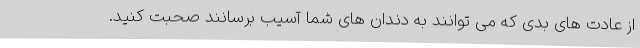
از عادت های بدی که می توانند به دندان های شما آسیب برسانند صحبت کنید.